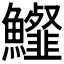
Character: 𩽍